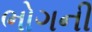
ભોગની